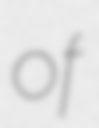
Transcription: of